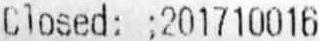
CLOSED: ;201710016